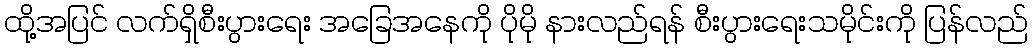
ထို့အပြင် လက်ရှိစီးပွားရေး အခြေအနေကို ပိုမို နားလည်ရန် စီးပွားရေးသမိုင်းကို ပြန်လည်